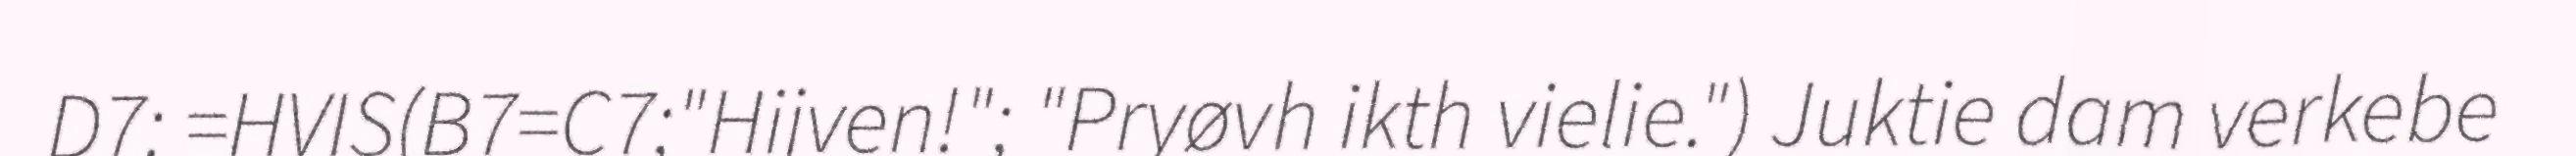
D7: =HVIS(B7=C7;"Hijven!"; "Pryøvh ikth vielie.") Juktie dam verkebe